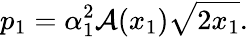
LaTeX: p_{1}=\alpha_{1}^{2}\mathcal{A}(x_{1})\sqrt{2x_{1}}.